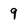
Character: 9